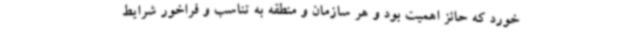
خورد که حائز اهمیت بود و هر سازمان و منطقه به تناسب و فراخور شرایط